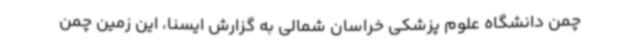
چمن دانشگاه علوم پزشکی خراسان شمالی به گزارش ایسنا، این زمین چمن